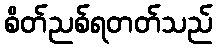
စိတ်ညစ်ရတတ်သည်